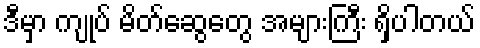
ဒီမှာ ကျုပ် မိတ်ဆွေတွေ အများကြီး ရှိပါတယ်